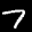
Label: 7